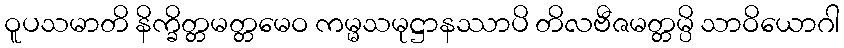
ဝူပသမာတိ နိက္ခိတ္တမတ္တမေဝ ကမ္မသမုဋ္ဌာနဿာပိ တိလဗီဇမတ္တမ္ပိ သာဝိယောဂါ